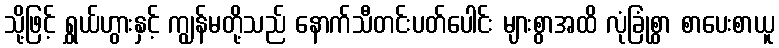
သို့ဖြင့် ရွှယ်ဟွားနှင့် ကျွန်မတို့သည် နောက်သီတင်းပတ်ပေါင်း များစွာအထိ လုံခြုံစွာ စာပေးစာယူ